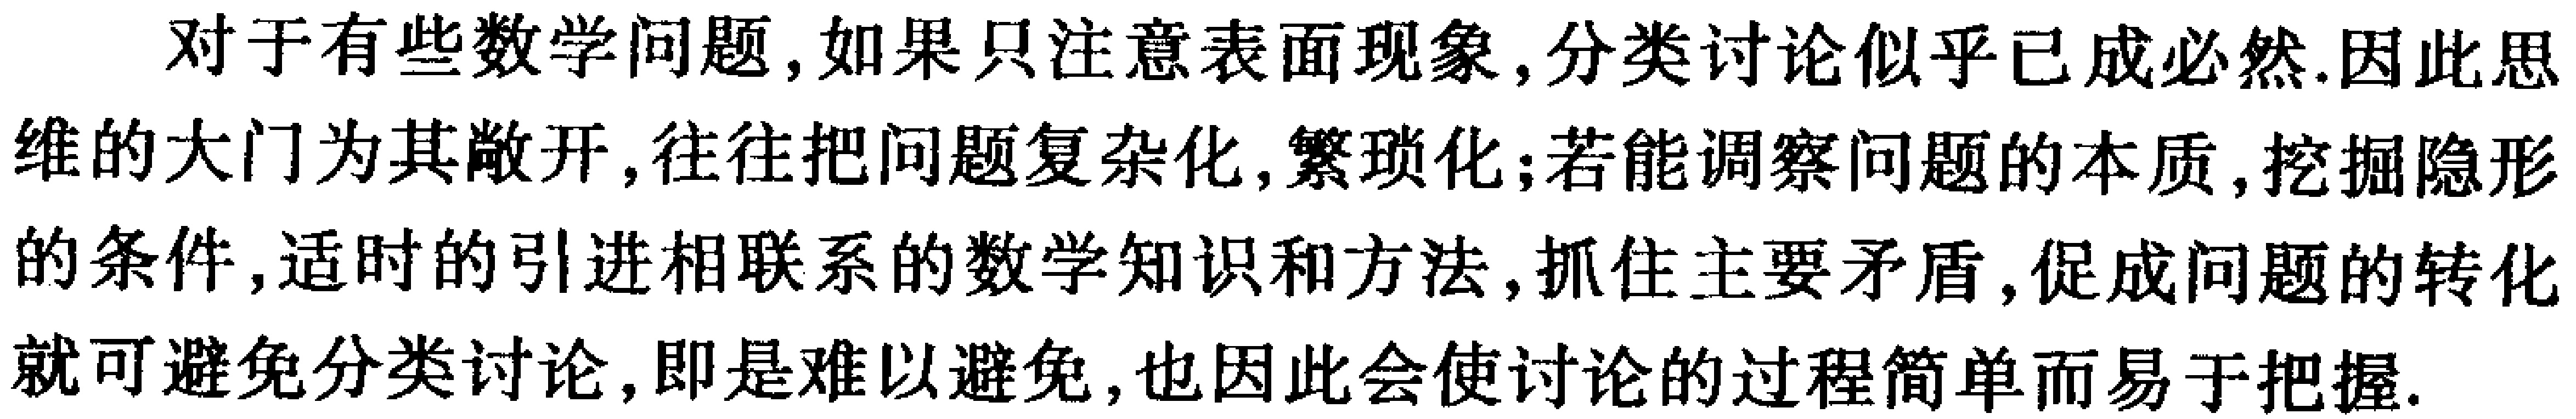
对于有些数学问题,如果只注意表面现象,分类讨论似乎已成必然.因此思维的大门为其敞开,往往把问题复杂化,繁琐化;若能调察问题的本质,挖掘隐形的条件,适时的引进相联系的数学知识和方法,抓住主要矛盾,促成问题的转化就可避免分类讨论,即是难以避免,也因此会使讨论的过程简单而易于把握.